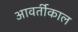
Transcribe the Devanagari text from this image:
आवर्तीकाल